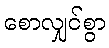
စောလျှင်စွာ